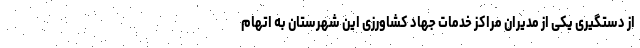
از دستگیری یکی از مدیران مراکز خدمات جهاد کشاورزی این شهرستان به اتهام